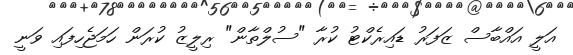
އަލީ އައްބާސް ޒަފަރު ޑައިރެކްޓު ކުރާ "ސުލްތާން" ރިލީޒު ކުރަން ހަމަޖެހިފައި ވަނީ